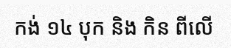
កង់ ១៤ បុក និង កិន ពីលើ